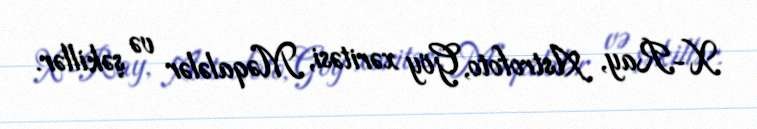
X-Ray, Astrofoto, Göy xəritəsi, Məqalələr və şəkillər.